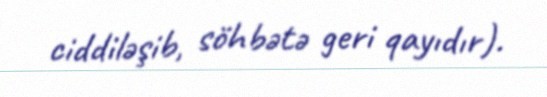
ciddiləşib, söhbətə geri qayıdır).